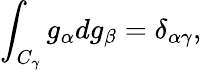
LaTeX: \int_{C_{\gamma}}g_{\alpha}dg_{\beta}=\delta_{\alpha\gamma},